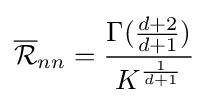
{\overline {\mathcal {R}}}_{nn}={\frac {\Gamma ({\frac {d+2}{d+1}})}{K^{\frac {1}{d+1}}}}